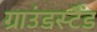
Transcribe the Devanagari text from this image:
ग्राउंडस्टैंड